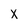
Character: X